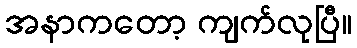
အနာကတော့ ကျက်လုပြီ။